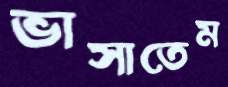
ভাসাতেম